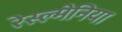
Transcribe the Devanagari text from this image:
रेस्ल्मेनिया